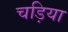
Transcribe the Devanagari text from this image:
चड़िया